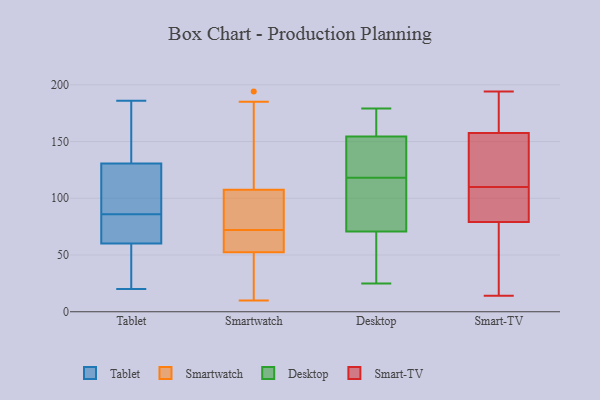
{"axis": {"x": "Shipments", "y": "Value"}, "legend": ["Desktop", "Smart-TV", "Smartwatch", "Tablet"], "data": [{"x": "", "y": 175, "type": "Tablet"}, {"x": "", "y": 79, "type": "Tablet"}, {"x": "", "y": 29, "type": "Tablet"}, {"x": "", "y": 20, "type": "Tablet"}, {"x": "", "y": 120, "type": "Tablet"}, {"x": "", "y": 52, "type": "Tablet"}, {"x": "", "y": 131, "type": "Tablet"}, {"x": "", "y": 186, "type": "Tablet"}, {"x": "", "y": 58, "type": "Tablet"}, {"x": "", "y": 118, "type": "Tablet"}, {"x": "", "y": 131, "type": "Tablet"}, {"x": "", "y": 86, "type": "Tablet"}, {"x": "", "y": 72, "type": "Tablet"}, {"x": "", "y": 67, "type": "Tablet"}, {"x": "", "y": 130, "type": "Tablet"}, {"x": "", "y": 194, "type": "Smartwatch"}, {"x": "", "y": 88, "type": "Smartwatch"}, {"x": "", "y": 70, "type": "Smartwatch"}, {"x": "", "y": 157, "type": "Smartwatch"}, {"x": "", "y": 54, "type": "Smartwatch"}, {"x": "", "y": 82, "type": "Smartwatch"}, {"x": "", "y": 10, "type": "Smartwatch"}, {"x": "", "y": 48, "type": "Smartwatch"}, {"x": "", "y": 91, "type": "Smartwatch"}, {"x": "", "y": 185, "type": "Smartwatch"}, {"x": "", "y": 28, "type": "Smartwatch"}, {"x": "", "y": 71, "type": "Smartwatch"}, {"x": "", "y": 72, "type": "Smartwatch"}, {"x": "", "y": 171, "type": "Desktop"}, {"x": "", "y": 108, "type": "Desktop"}, {"x": "", "y": 25, "type": "Desktop"}, {"x": "", "y": 150, "type": "Desktop"}, {"x": "", "y": 91, "type": "Desktop"}, {"x": "", "y": 118, "type": "Desktop"}, {"x": "", "y": 160, "type": "Desktop"}, {"x": "", "y": 52, "type": "Desktop"}, {"x": "", "y": 140, "type": "Desktop"}, {"x": "", "y": 156, "type": "Desktop"}, {"x": "", "y": 79, "type": "Desktop"}, {"x": "", "y": 141, "type": "Desktop"}, {"x": "", "y": 68, "type": "Desktop"}, {"x": "", "y": 51, "type": "Desktop"}, {"x": "", "y": 179, "type": "Desktop"}, {"x": "", "y": 81, "type": "Smart-TV"}, {"x": "", "y": 186, "type": "Smart-TV"}, {"x": "", "y": 122, "type": "Smart-TV"}, {"x": "", "y": 96, "type": "Smart-TV"}, {"x": "", "y": 44, "type": "Smart-TV"}, {"x": "", "y": 14, "type": "Smart-TV"}, {"x": "", "y": 111, "type": "Smart-TV"}, {"x": "", "y": 47, "type": "Smart-TV"}, {"x": "", "y": 137, "type": "Smart-TV"}, {"x": "", "y": 194, "type": "Smart-TV"}, {"x": "", "y": 135, "type": "Smart-TV"}, {"x": "", "y": 178, "type": "Smart-TV"}, {"x": "", "y": 77, "type": "Smart-TV"}, {"x": "", "y": 108, "type": "Smart-TV"}, {"x": "", "y": 184, "type": "Smart-TV"}, {"x": "", "y": 109, "type": "Smart-TV"}]}